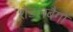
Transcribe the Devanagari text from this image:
शैडलबैगों